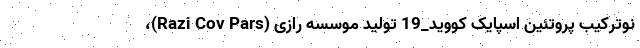
نوترکیب پروتئین اسپایک کووید_19 تولید موسسه رازی (Razi Cov Pars)،